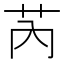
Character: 芮